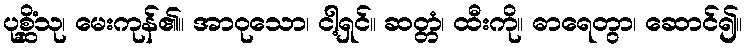
ပုစ္ဆိံသု၊ မေးကုန်၏။ အာဝုသော၊ ငါ့ရှင်။ ဆတ္တံ၊ ထီးကို။ ဓာရေတွာ၊ ဆောင်၍။